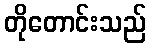
တိုတောင်းသည်